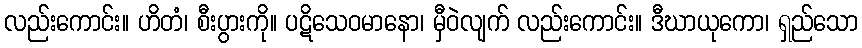
လည်းကောင်း။ ဟိတံ၊ စီးပွားကို။ ပဋိသေဝမာနော၊ မှီဝဲလျက် လည်းကောင်း။ ဒီဃာယုကော၊ ရှည်သော